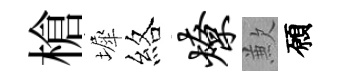
槍墀絡燎歉願